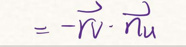
$= - \vec{r}v \cdot \vec{n}u$